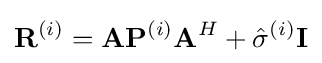
{\bf {R}}^{(i)}={\bf {A}}{\bf {P}}^{(i)}{\bf {A}}^{H}+{\hat {\sigma }}^{(i)}{\bf {I}}